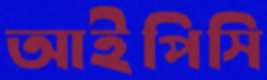
আইপিসি